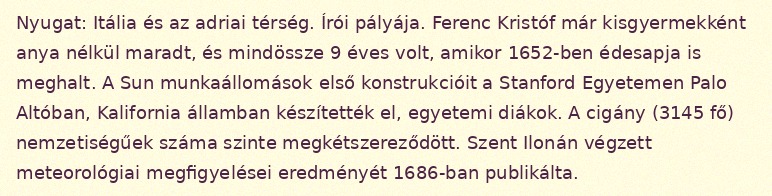
Nyugat: Itália és az adriai térség. Írói pályája. Ferenc Kristóf már kisgyermekként anya nélkül maradt, és mindössze 9 éves volt, amikor 1652-ben édesapja is meghalt. A Sun munkaállomások első konstrukcióit a Stanford Egyetemen Palo Altóban, Kalifornia államban készítették el, egyetemi diákok. A cigány (3145 fő) nemzetiségűek száma szinte megkétszereződött. Szent Ilonán végzett meteorológiai megfigyelései eredményét 1686-ban publikálta.